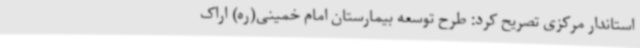
استاندار مرکزی تصریح کرد: طرح توسعه بیمارستان امام خمینی(ره) اراک